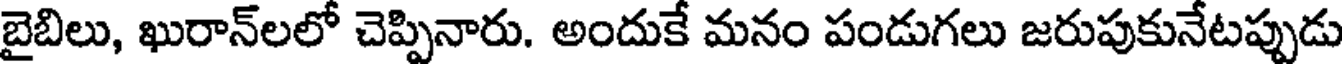
బైబిలు, ఖురాన్లలో చెప్పినారు. అందుకే మనం పండుగలు జరుపుకునేటప్పుడు